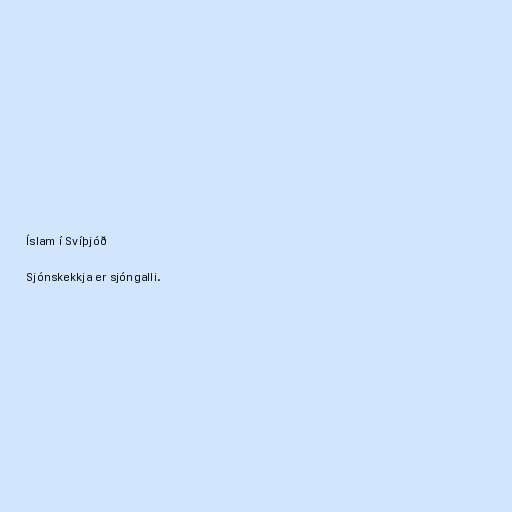
Íslam í Svíþjóð

Sjónskekkja er sjóngalli.